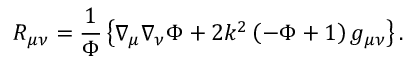
R _ { \mu \nu } = { \frac { 1 } { \Phi } } \left\{ \nabla _ { \mu } \nabla _ { \nu } \Phi + 2 k ^ { 2 } \left( - \Phi + 1 \right) g _ { \mu \nu } \right\} .